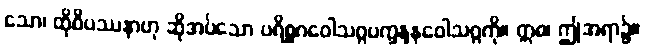
သော၊ ထိုဝိပဿနာဟု ဆိုအပ်သော ပရိစ္စဂဝေါသဂ္ဂပက္ခန္ဒနဝေါသဂ္ဂကို။ ဣဓ၊ ဤအရာ၌။